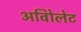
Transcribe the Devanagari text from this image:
अविोलेट